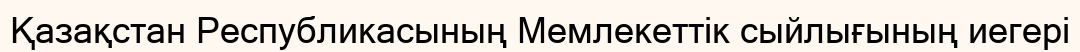
Қазақстан Республикасының Мемлекеттік сыйлығының иегері